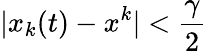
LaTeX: |x_{k}(t)-x^{k}|<\frac{\gamma}{2}